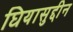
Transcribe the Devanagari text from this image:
घियासुद्दीन